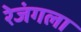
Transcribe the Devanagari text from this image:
रेजंगला